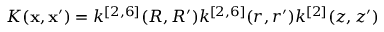
K ( { \bf { x } } , { \bf { x } } ^ { \prime } ) = k ^ { [ 2 , 6 ] } ( R , R ^ { \prime } ) k ^ { [ 2 , 6 ] } ( r , r ^ { \prime } ) k ^ { [ 2 ] } ( z , z ^ { \prime } )